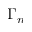
\Gamma _ { n }